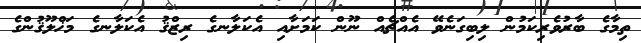
ތިމާގެ ބާރުވެރިކަމުން ލިބިގަނެވޭ އެއްޗެއް ނޫން ކަމަށާއި އެކަލާނގެ ރިޒްޤު އެކަލާނގެ މަޚްލޫޤުންގެ